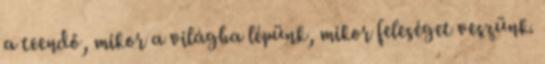
a teendő, mikor a világba lépünk, mikor feleséget veszünk.